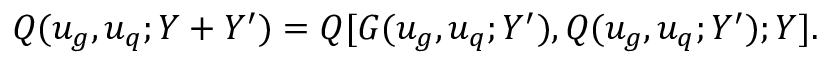
Q ( u _ { g } , u _ { q } ; Y + Y ^ { \prime } ) = Q [ G ( u _ { g } , u _ { q } ; Y ^ { \prime } ) , Q ( u _ { g } , u _ { q } ; Y ^ { \prime } ) ; Y ] .